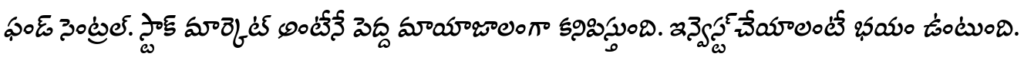
ఫండ్ సెంట్రల్. స్టాక్ మార్కెట్ అంటేనే పెద్ద మాయాజాలంగా కనిపిస్తుంది. ఇన్వెస్ట్ చేయాలంటే భయం ఉంటుంది.